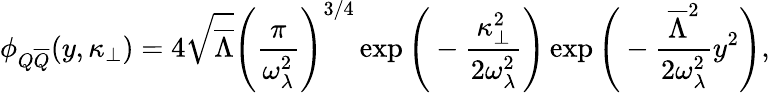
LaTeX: \phi_{Q\overline{{{Q}}}}(y,\kappa_{\bot})=4\sqrt{\overline{{{\Lambda}}}}\Bigg({\frac{\pi}{\omega_{\lambda}^{2}}}\Bigg)^{3/4}\exp\Bigg(-{\frac{\kappa_{\bot}^{2}}{2\omega_{\lambda}^{2}}}\Bigg)\exp\Bigg(-{\frac{\overline{{{\Lambda}}}^{2}}{2\omega_{\lambda}^{2}}}y^{2}\Bigg),